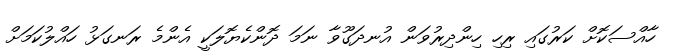
ހާއްސަކޮށް ކަރުގައި ރިހި ހިންދިރުވަން އުނދަގޫވާ ނަމަ ދޮންކެޔޮލަކީ އެންމެ ރަނގަޅު ހައްލުކަމަށް